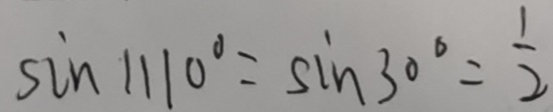
\sin 1 1 1 0 ^ { \circ } = \sin 3 0 ^ { \circ } = \frac { 1 } { 2 }